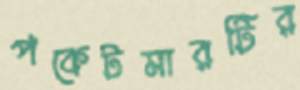
পকেটমারটির